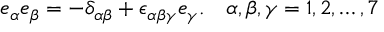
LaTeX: e _ { \alpha } e _ { \beta } = - \delta _ { \alpha \beta } + \epsilon _ { \alpha \beta \gamma } e _ { \gamma } . ~ ~ ~ \alpha , \beta , \gamma = 1 , 2 , \ldots , 7